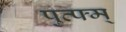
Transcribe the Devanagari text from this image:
पुत्फ्म्